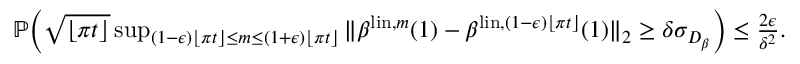
\begin{array} { r } { { \mathbb P } \bigg ( \sqrt { \lfloor \pi t \rfloor } \operatorname* { s u p } _ { ( 1 - { \epsilon } ) \lfloor \pi t \rfloor \leq m \leq ( 1 + { \epsilon } ) \lfloor \pi t \rfloor } \| \beta ^ { \mathrm { l i n } , m } ( 1 ) - \beta ^ { \mathrm { l i n } , ( 1 - { \epsilon } ) \lfloor \pi t \rfloor } ( 1 ) \| _ { 2 } \geq \delta \sigma _ { D _ { \beta } } \bigg ) \leq \frac { 2 { \epsilon } } { \delta ^ { 2 } } . } \end{array}